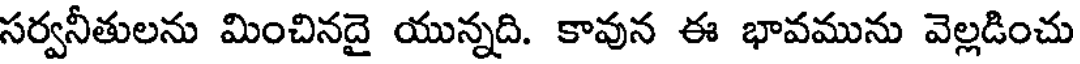
సర్వనీతులను మించినదై యున్నది. కావున ఈ భావమును వెల్లడించు